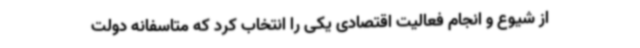
از شیوع و انجام فعالیت اقتصادی یکی را انتخاب کرد که متاسفانه دولت